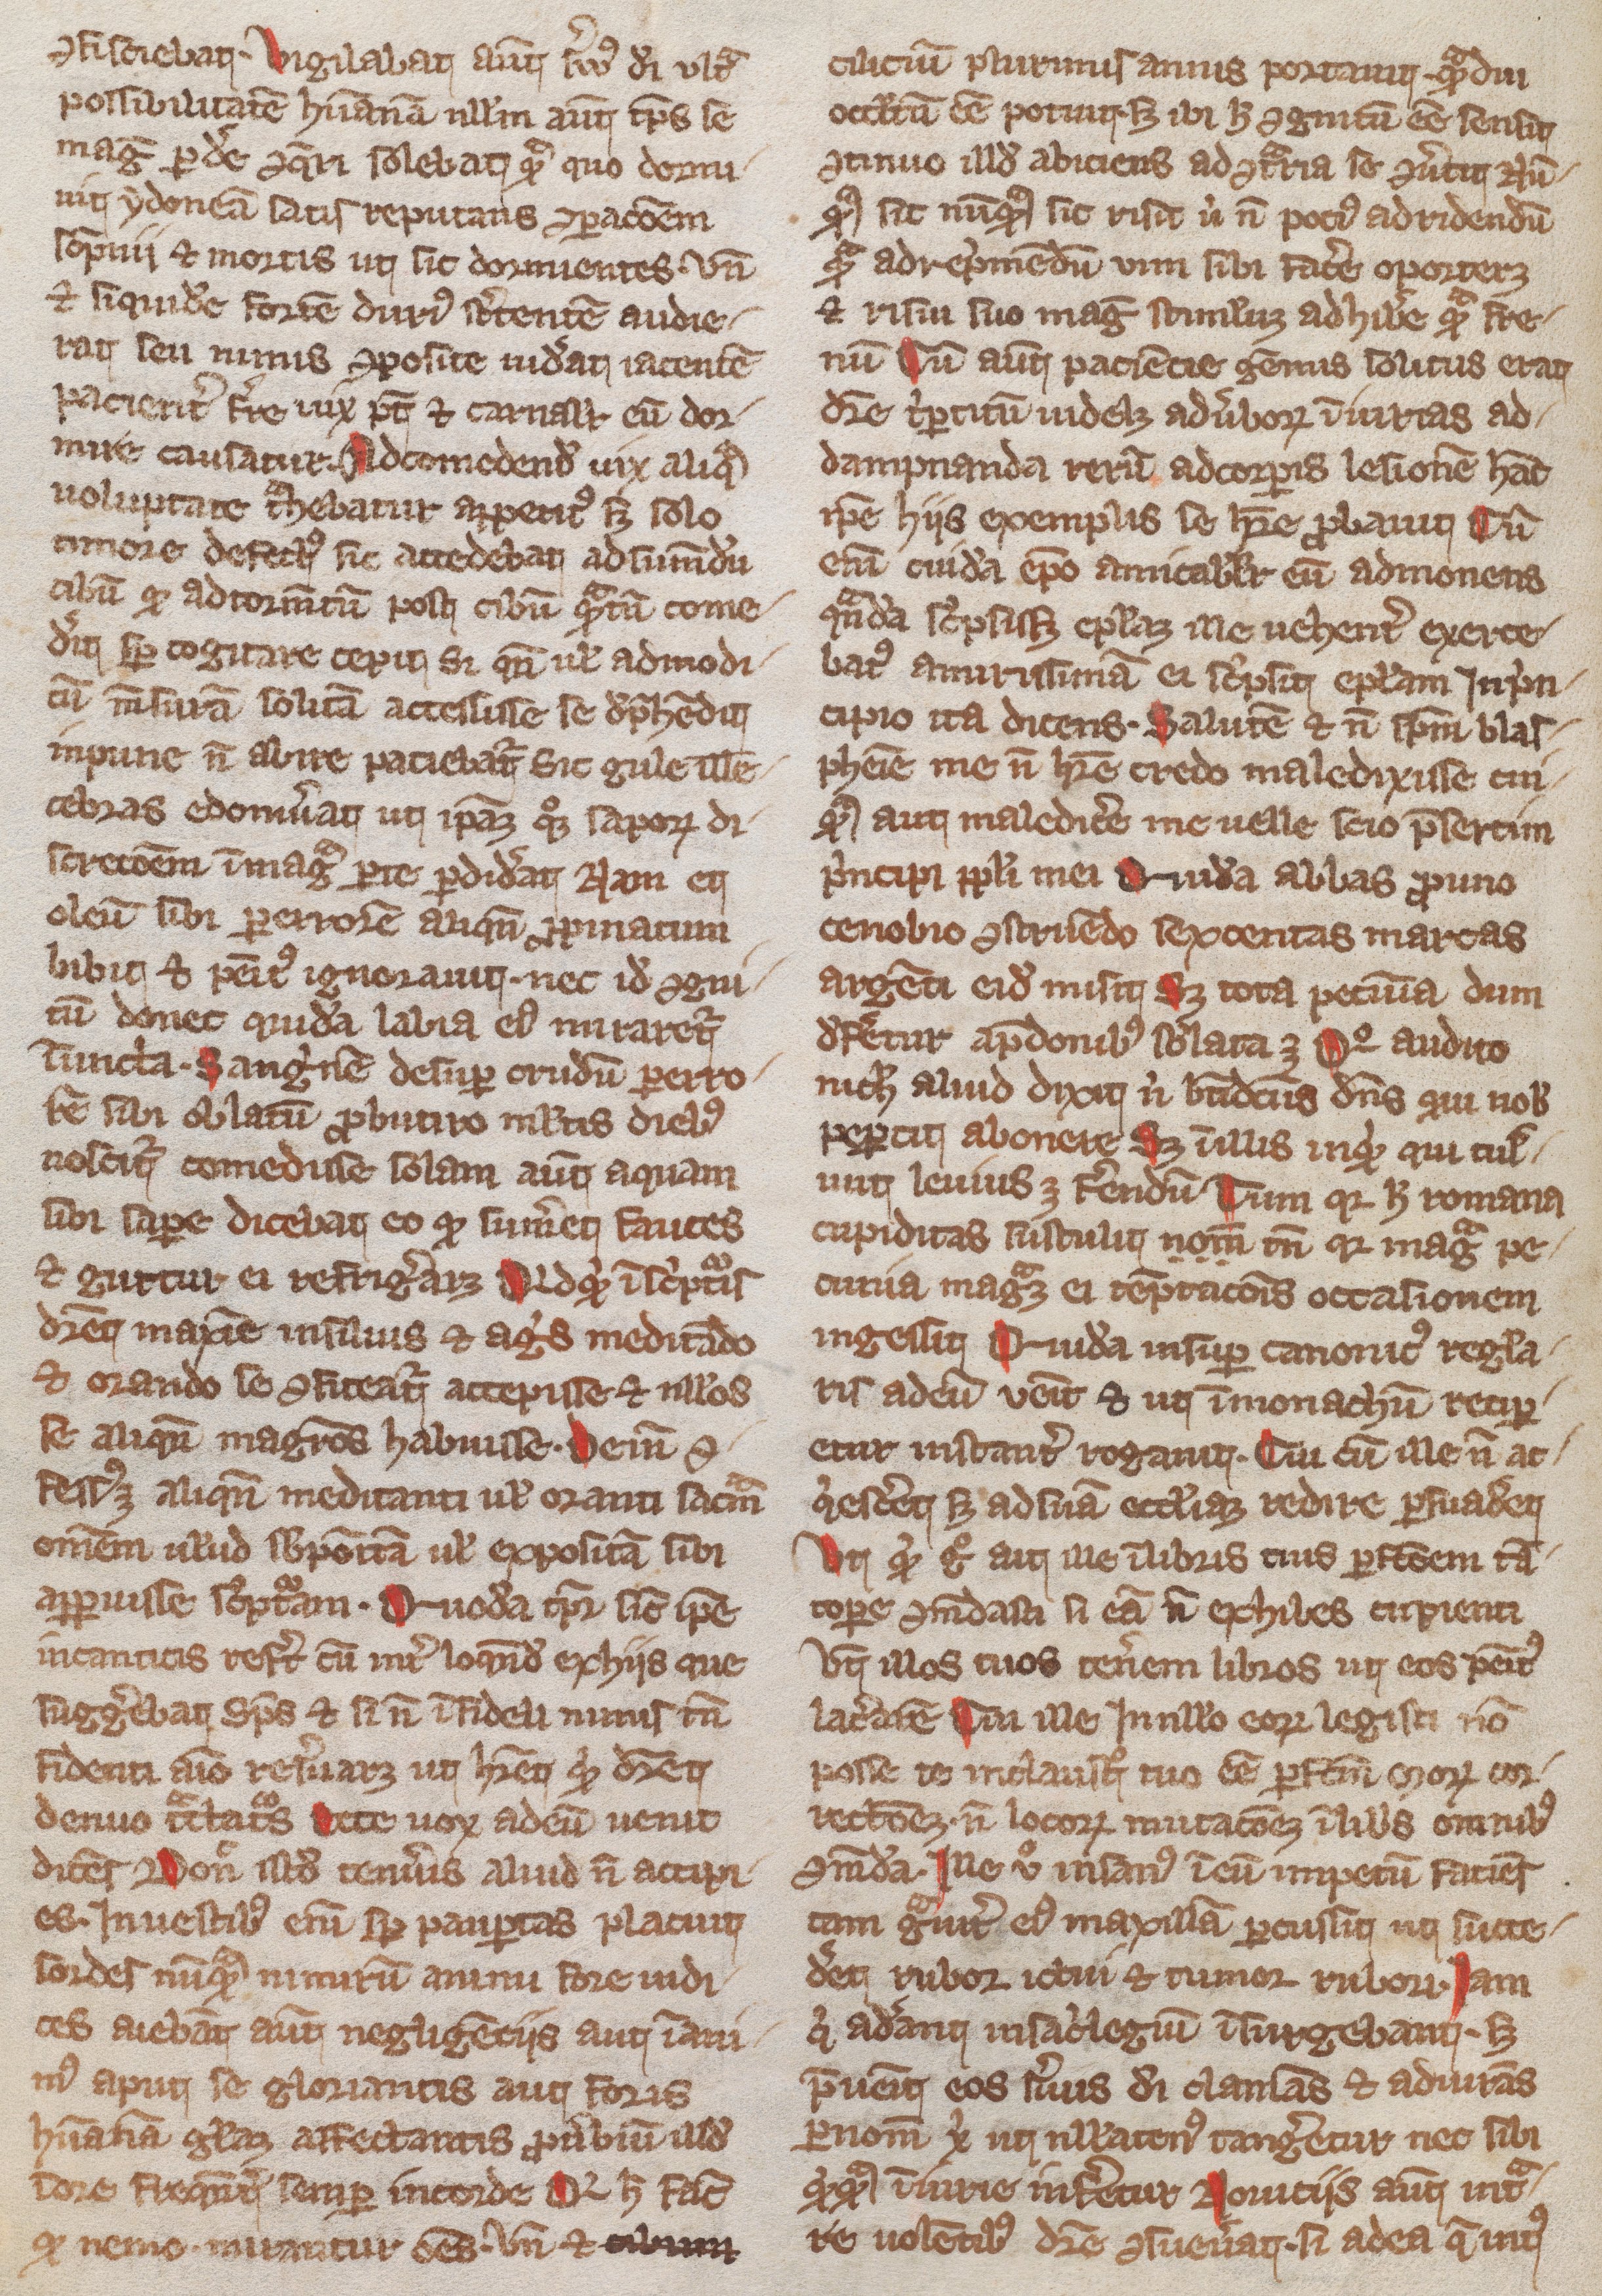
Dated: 1300–1399